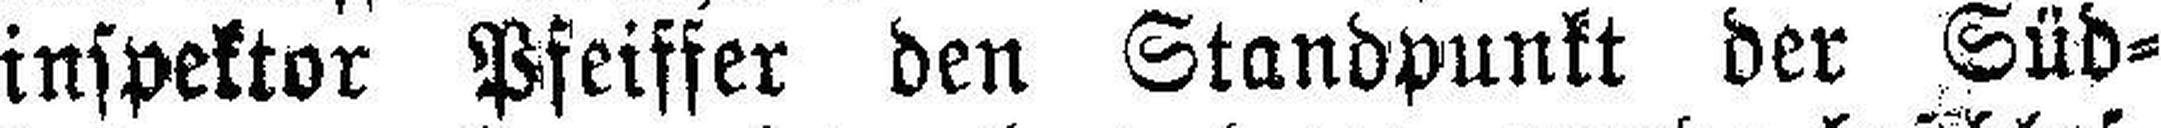
inspektor Pfeiffer den Standpunkt der Süd¬